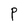
Character: P